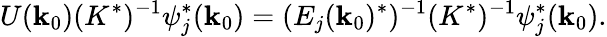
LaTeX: U({\mathbf k}_{0})(K^{*})^{-1}\psi_{j}^{*}({\mathbf k}_{0})=(E_{j}({\mathbf k}_{0})^{*})^{-1}(K^{*})^{-1}\psi_{j}^{*}({\mathbf k}_{0}).